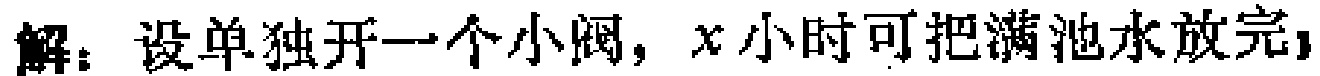
解：设单独开一个小阀，\(x\)小时可把满池水放完；